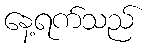
နေ့ရက်သည်